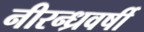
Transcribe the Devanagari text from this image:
नीरन्ध्रवर्षी